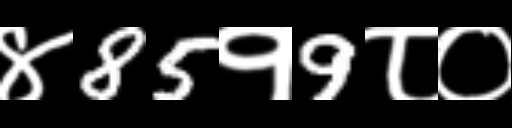
Text: ४85१9८०